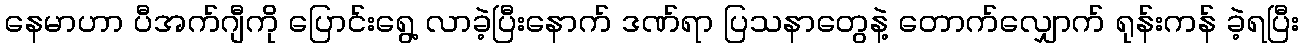
နေမာဟာ ပီအက်ဂျီကို ပြောင်းရွေ့ လာခဲ့ပြီးနောက် ဒဏ်ရာ ပြသနာတွေနဲ့ တောက်လျှောက် ရုန်းကန် ခဲ့ရပြီး